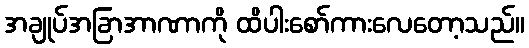
အချုပ်အခြာအာဏာကို ထိပါးစော်ကားလေတော့သည်။